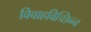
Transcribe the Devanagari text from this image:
विवाहविच्छिन्न